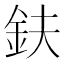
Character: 鈇